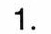
1.